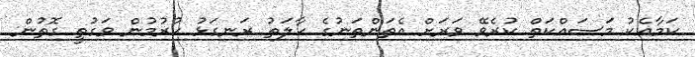
ކަމާއެކު މަސައްކަތް ކުރެވޭ ވަރަށް އެތަންތަނުގެ ހާލަތު ރަނގަޅު ކުރުމުން ވަގުތީ ގޮތުން